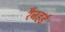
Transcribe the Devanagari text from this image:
रैनहर्ड